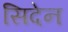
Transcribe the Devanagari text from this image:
सिदेन